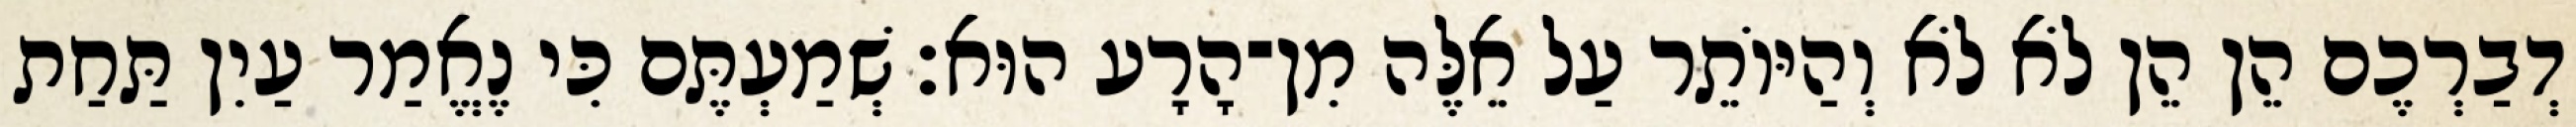
דְבַרְכֶם הֵן הֵן לֹא לֹא וְהַיּוֹתֵר עַל אֵלֶּה מִן־הָרָע הוּא׃ שְׁמַעְתֶּם כִּי נֶאֱמַר עַיִן תַּחַת